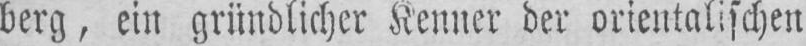
berg, ein gründlicher Kenner der orientalischen